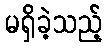
မရှိခဲ့သည့်